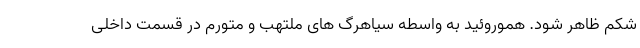
شکم ظاهر شود. هموروئید به واسطه سیاهرگ های ملتهب و متورم در قسمت داخلی